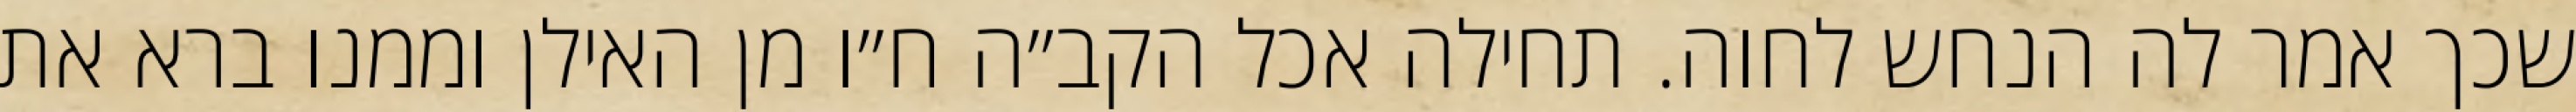
שכך אמר לה הנחש לחוה. תחילה אכל הקב״ה ח״ו מן האילן וממנו ברא את